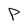
Character: p